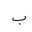
Letter: _ba